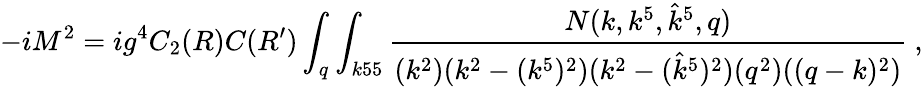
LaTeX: -iM^{2}=ig^{4}C_{2}(R)C(R^{\prime})\int_{q}\int_{k55}{\frac{N(k,k^{5},{\hat{k}}^{5},q)}{(k^{2})(k^{2}-(k^{5})^{2})(k^{2}-({\hat{k}}^{5})^{2})(q^{2})((q-k)^{2})}}\ ,